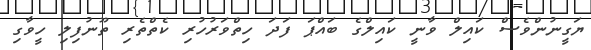
ޔަގީނުންވެސް ކައިލް ވާނީ ކައިލްގެ ބައްޕަ ފަދަ ހިތްވަރުހުރި ކެތްތެރި ތޫނުފިލި ހީވާގި